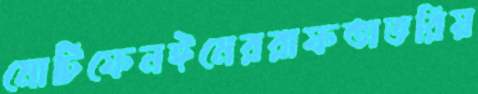
মোটিফেনঈমেররাফতাভরিয়